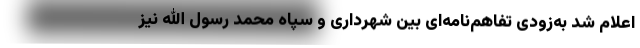
اعلام شد به‌زودی تفاهم‌نامه‌ای بین شهرداری و سپاه محمد رسول الله نیز